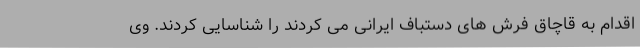
اقدام به قاچاق فرش های دستباف ایرانی می کردند را شناسایی کردند. وی